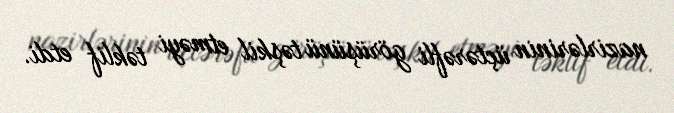
nazirlərinin üçtərəfli görüşünü təşkil etməyi təklif etdi.